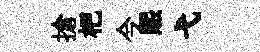
搶杷今煕弋